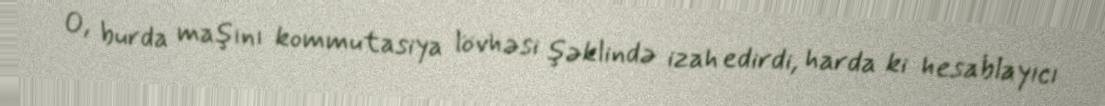
O, burda maşını kommutasiya lövhəsi şəklində izah edirdi, harda ki hesablayıcı